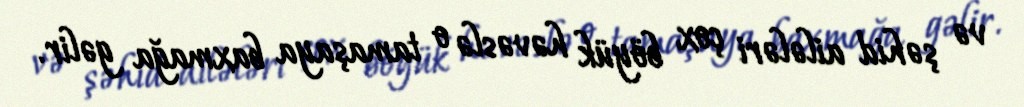
və şəhid ailələri çox böyük həvəslə o tamaşaya baxmağa gəlir.